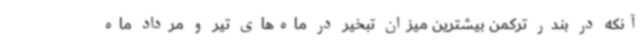
آنکه در بندر ترکمن بیشترین میزان تبخیر در ماه‌های تیر و مرداد ماه